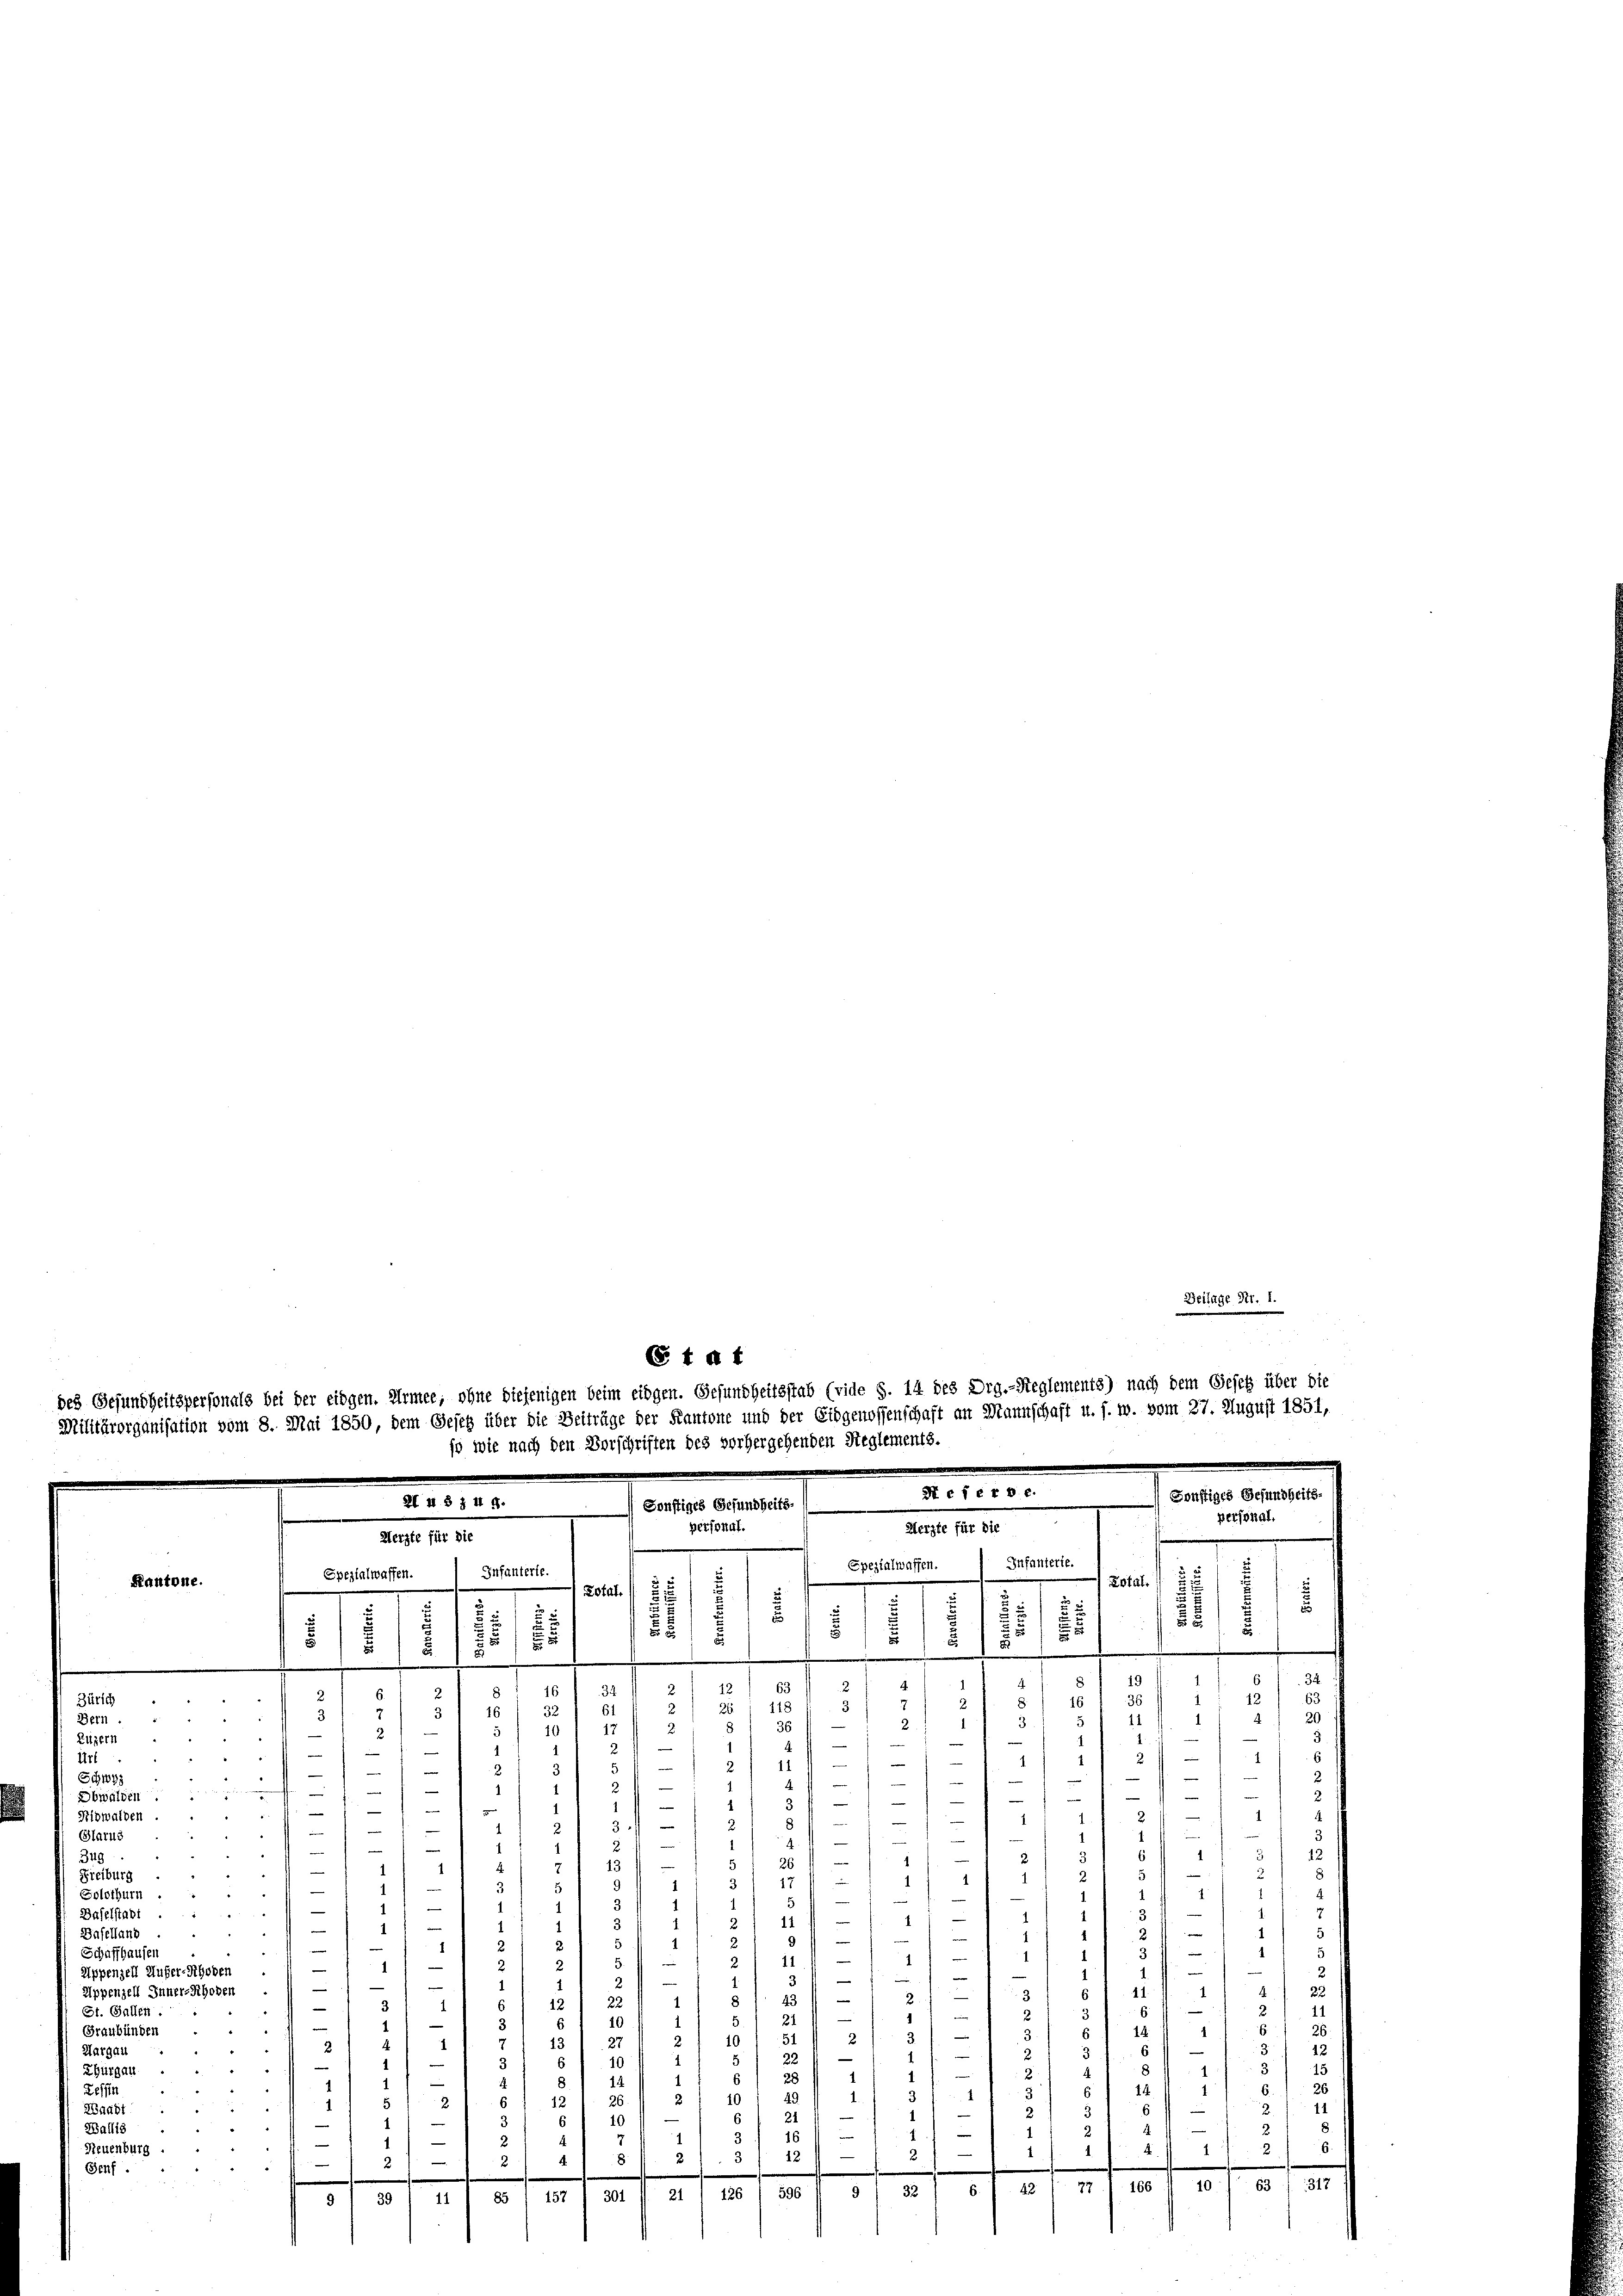
Kanto

Onte.

izern
116
Schy
bwalden
8
Nidwalden.
Glarus
e
Zug.
Freiburg
Solothurn.
Baselstadt
Daselland
Schaffhausen
Appenzell Außer-Rhoden
ppenzell Inner-Rhoden
St. Gallen.
Graubünden
Margau

Beilage Fr. 1.

6 t a t
des Gesundheitspersonals bei der eidgen. Armee, ohne diejenigen beim eidgen. Gesundheitsstab (vide S. 14 des Org.-Reglements) nach dem Gesetz über die

so wie nach den Vorschriften des vorhergehenden Reglements.

.
§ 15
155 f 5

5
d
1

g
Trup
s
42
¬
8
.

.
3
d
11
i
u
5

—
1
11
¬
—
e
d
22
2
.
11
u
n
1
26.
u
s
3
 2
12
1.
)
2
3
1
2
2
1
2
26
10 1 49
Z 16 f 12
26.
¬
u
f
.
.
5
s
15
.
6.
3
4
3
4
8 f 18 f 0 x
2
4
—
2

e
.
42 (77. 166 f 10 1 63 (1317
6.
32.
85 / 157 f 301 ff. 21 126 / 596 n 9
14
51 80

.
15

Sef erde.
Sonf
ZI 4 § § 44.
Sonstiges Gesundheits.
des. 1814.
personal.
Herzte für die
Infanterie.
zialwaffen.
Ep
Infanterte.
Spezialwaffen.
e
t
e
 Dotat.

8

ftiges

perso

Geits-

.
u
E
5
2
25
f
§ 12
.
mi
.
§ § 1911
4
.
5
.
63
34
8
2
42 (63
36
118
16 32
3
11
.
36
10
1
en
i
u
4
i
.
n
e
f
—
2
e